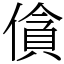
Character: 僋